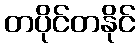
တပိုင်တနိုင်